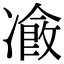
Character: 𠘄